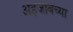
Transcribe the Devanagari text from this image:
अहजाबच्या